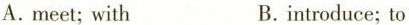
A.meet;with B.introduce; to